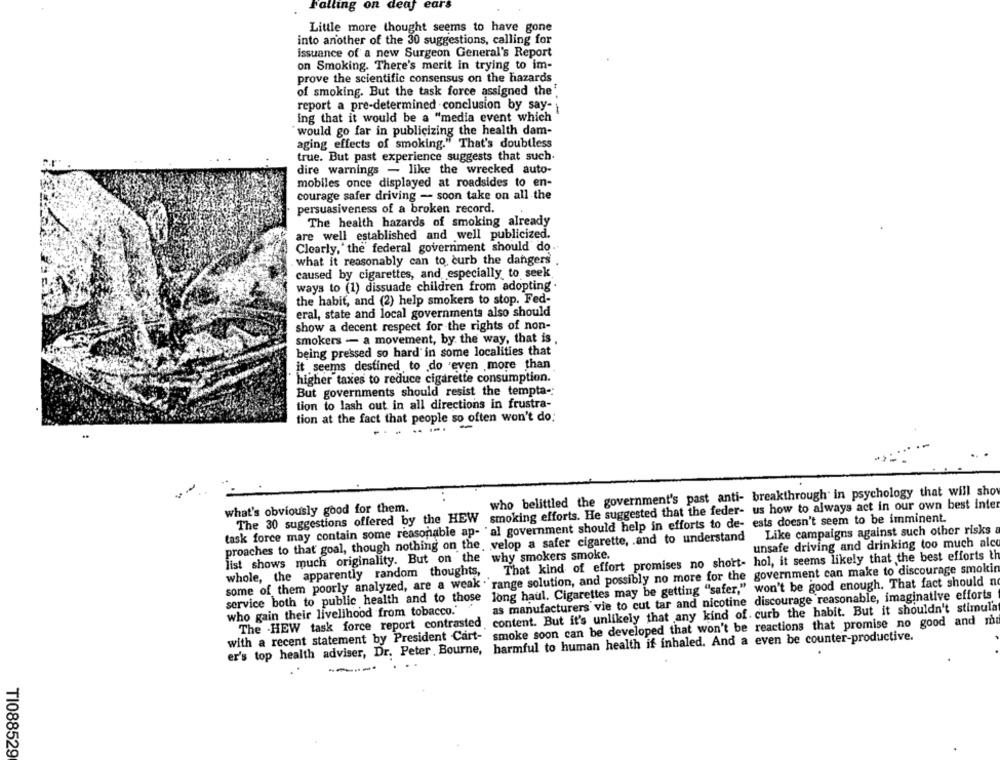
Falling on
leaf ears
Little more thought seems to have gone
into another of the 30 suggestions, calling for
issuance of a new Surgeon General's Report
on Smoking. There's merit in trying to im-
prove the scientific consensus on the hazards
of smoking. But the task force assigned the'
report a pre-determined conclusion by say-
ing that it would be a "media event which
would go far in publicizing the health dam-
aging effects of smoking." That's doubtless
true. But past experience suggests that such.
dire warnings - like the wrecked auto-
mobiles once displayed at roadsides to en-
courage safer driving - soon take on all the
persuasiveness of a broken record.
The health hazards of smoking already
are well established and well publicized.
Clearly," the federal government should do ..
what it reasonably can to curb the dangers
caused by cigarettes, and especially to seek
ways to (1) dissuade children from adopting .
the habit, and (2) help smokers to stop. Fed-
eral, state and local governments also should
show a decent respect for the rights of non-
smokers - a movement, by the way, that is .
being pressed so hard in some localities that
it seems destined to do even more than
higher taxes to reduce cigarette consumption.
But governments should resist the tempta-
tion to lash out in all directions in frustra-
tion at the fact that people so often won't do:
who belittled the government's past anti- breakthrough in psychology that will sho
what's obviously good for them.
The 30 suggestions offered by the HEW smoking efforts. He suggested that the feder- us how to always act in our own best inter
task force may contain some reasonable ap- al government should help in efforts to de- ests doesn't seem to be imminent.
Like campaigns against such other risks a
proaches to that goal, though nothing on the velop a safer cigarette, . and to understand
unsafe driving and drinking too much alco
list shows much originality. But on the why smokers smoke.
That kind of effort promises no short- hol, it seems likely that the best efforts th
some of them poorly analyzed, are a weak . range solution, and possibly no more for the government can make to discourage smokin
whole, the apparently random thoughts,
long haul. Cigarettes may be getting "safer," won't be good enough. That fact should no
service both to public health and to those
as manufacturers vie to cut tar and nicotine discourage reasonable, imaginative efforts
The - HEW task force report contrasted, content. But it's unlikely that any kind of. curb the habit. But it shouldn't stimula
who gain their livelihood from tobacco.'
with a recent statement by President Cart- smoke soon can be developed that won't be reactions that promise no good and m
er's top health adviser, Dr. Peter , Bourne, harmful to human health if inhaled. And a even be counter-productive.
TI088529